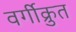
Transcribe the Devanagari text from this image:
वर्गीक्रुत